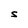
Character: S